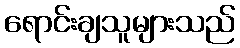
ရောင်းချသူများသည်